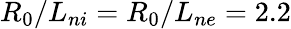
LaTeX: R_{0}/L_{ni}=R_{0}/L_{ne}=2.2